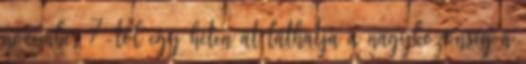
november 7-től egy héten át láthatja a nagyközönség a